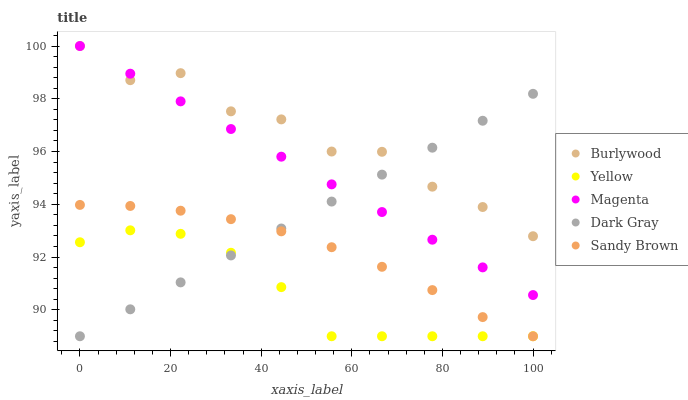
| xaxis_label | Burlywood | Yellow | Magenta | Dark Gray | Sandy Brown |
 | --- | --- | --- | --- | --- | --- |
 | 0 | 100 | 92.6 | 100 | 89 | 94 |
 | 11.1 | 98.7 | 93 | 99 | 90 | 93.9 |
 | 22.2 | 99 | 92.9 | 97.9 | 91 | 93.8 |
 | 33.3 | 97.5 | 92.2 | 96.9 | 92.1 | 93.4 |
 | 44.4 | 97.2 | 90.9 | 95.8 | 93.1 | 93 |
 | 55.6 | 96 | 89 | 94.8 | 94.1 | 92.4 |
 | 66.7 | 96 | 89 | 93.7 | 95.1 | 91.6 |
 | 77.8 | 94.7 | 89 | 92.7 | 96.1 | 90.7 |
 | 88.9 | 93.9 | 89 | 91.6 | 97.2 | 89.7 |
 | 100 | 92.8 | 89 | 90.6 | 98.2 | 89 |